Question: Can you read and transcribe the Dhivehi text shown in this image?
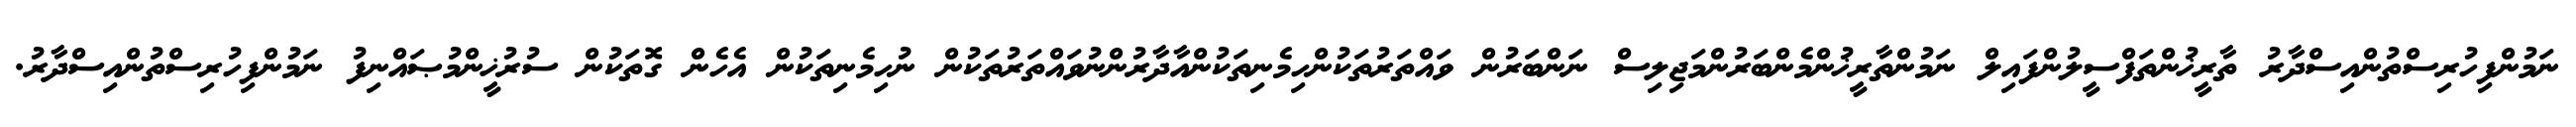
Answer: ނަމުންފިހުރިސްތުންއިސްދާރު ތާރީޚުންތަފްސީލުންފައިލް ނަމުންތާރީޚުންމެންބަރުންމަޖިލިސް ނަންބަރުން ވައްތަރުތަކުންހިމެނިތަކުންއާދާރުންނުވައްތަރުތަކުން ނުހިމެނިތަކުން އެހެން ގޮތަކުން ސުރުޚީންމުޞައްނިފު ނަމުންފިހުރިސްތުންއިސްދާރު.